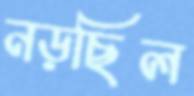
নড়ছিল